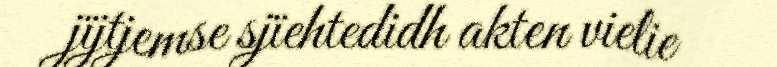
jïjtjemse sjïehtedidh akten vielie